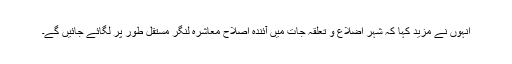
انہوں نے مزید کہا کہ شہر اضلاع و تعلقہ جات میں آئندہ اصلاح معاشرہ لنگر مستقل طور پر لگائے جائیں گے۔